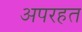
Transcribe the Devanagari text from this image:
अपरहत